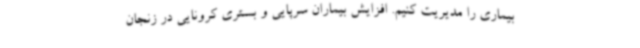
بیماری را مدیریت کنیم. افزایش بیماران سرپایی و بستری کرونایی در زنجان